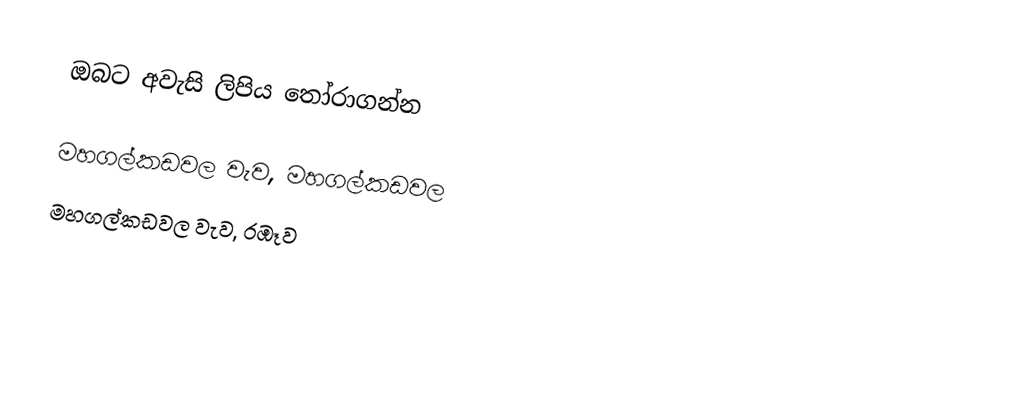
ඔබට අවැසි ලිපිය තෝරාගන්න

  මහගල්කඩවල වැව, මහගල්කඩවල
  මහගල්කඩවල වැව, රඹෑව